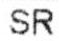
SR